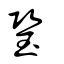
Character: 𤤶